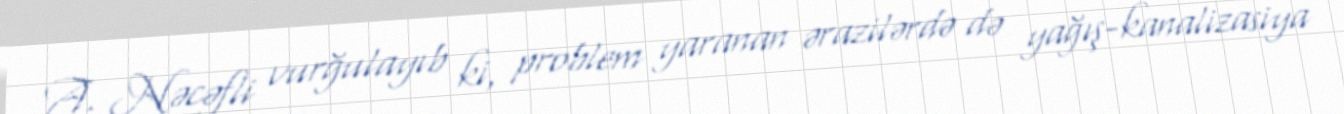
A. Nəcəfli vurğulayıb ki, problem yaranan ərazilərdə də yağış-kanalizasiya